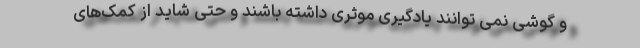
و گوشی نمی توانند یادگیری موثری داشته باشند و حتی شاید از کمک‌های